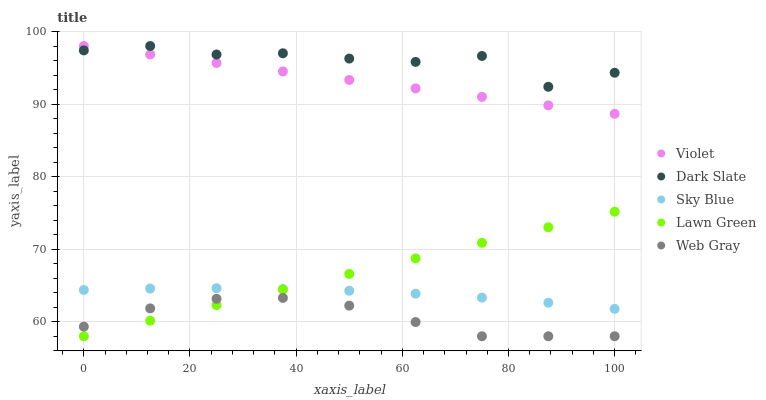
| xaxis_label | Violet | Dark Slate | Sky Blue | Lawn Green | Web Gray |
 | --- | --- | --- | --- | --- | --- |
 | 0 | 98 | 97.4 | 64.4 | 58 | 59.3 |
 | 12.5 | 96.8 | 98 | 64.6 | 60.1 | 61.8 |
 | 25 | 95.7 | 96.8 | 64.6 | 62.3 | 63.2 |
 | 37.5 | 94.5 | 97 | 64.5 | 64.4 | 63.3 |
 | 50 | 93.3 | 96.3 | 64.3 | 66.6 | 62.2 |
 | 62.5 | 92.2 | 95.8 | 63.9 | 68.7 | 60 |
 | 75 | 91 | 96.6 | 63.3 | 70.9 | 58 |
 | 87.5 | 89.8 | 92.4 | 62.6 | 73 | 58 |
 | 100 | 88.7 | 94.3 | 61.8 | 75.2 | 58 |